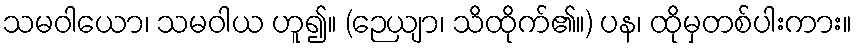
သမဝါယော၊ သမဝါယ ဟူ၍။ (ဉေယျာ၊ သိထိုက်၏။) ပန၊ ထိုမှတစ်ပါးကား။